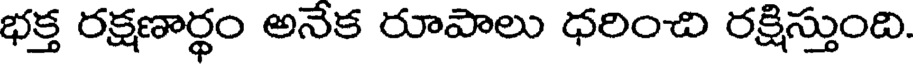
భక్త రక్షణార్థం అనేక రూపాలు ధరించి రక్షిస్తుంది.